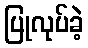
ပြုလုပ်ခဲ့